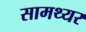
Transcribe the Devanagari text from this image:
सामथ्यर